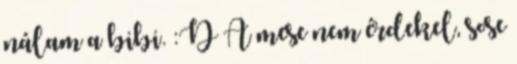
nálam a bibi. :D A mese nem érdekel, sose